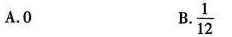
A.0 B. \frac{1}{12}